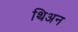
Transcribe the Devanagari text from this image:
थिअन